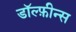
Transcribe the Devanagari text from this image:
डॉल्फ़ीन्स